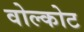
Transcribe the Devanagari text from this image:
वोल्कोट